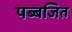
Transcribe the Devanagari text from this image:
पब्बजित